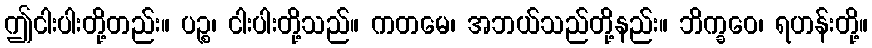
ဤငါးပါးတို့တည်း။ ပဉ္စ၊ ငါးပါးတို့သည်။ ကတမေ၊ အဘယ်သည်တို့နည်း။ ဘိက္ခဝေ၊ ရဟန်းတို့။